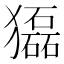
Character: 𤢿